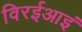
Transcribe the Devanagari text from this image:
विरईआइं